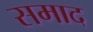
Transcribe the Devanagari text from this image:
समाद